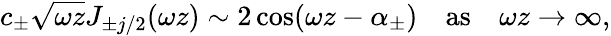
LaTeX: c_{\pm}\sqrt{\omega z}J_{\pm j/2}(\omega z)\sim 2\cos(\omega z-\alpha_{\pm})\textrm{\quad as\quad}\omega z\to\infty,